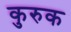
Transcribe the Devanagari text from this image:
कुरुक